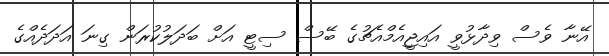
އޭނާ ވެސް ވިދާޅުވީ އައިޖީއެމްއެޗުގެ ބޭސް ސިޓީ އަށް ބަދަލުކުރަން ގިނަ އަދަދެއްގެ